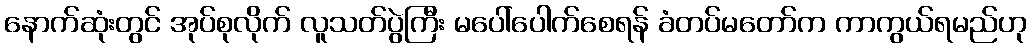
နောက်ဆုံးတွင် အုပ်စုလိုက် လူသတ်ပွဲကြီး မပေါ်ပေါက်စေရန် ခံတပ်မတော်က ကာကွယ်ရမည်ဟု